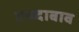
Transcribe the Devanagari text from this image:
उच्च्दाबाव